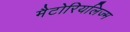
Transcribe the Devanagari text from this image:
मैटोरियलिज्म